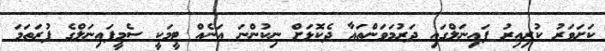
ކަށަވަރު ކުރިއިރު ފައިނަލްގައި ދަރުމަވަންތައާ ދެކޮޅަށް ނިކުންނަ އަނެއް ޓީމަކީ ސެމީފައިނަލްގެ ފުރަތަމަ